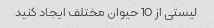
لیستی از 10 حیوان مختلف ایجاد کنید